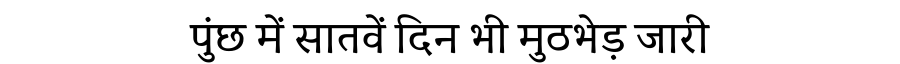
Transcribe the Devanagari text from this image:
पुंछ में सातवें दिन भी मुठभेड़ जारी